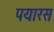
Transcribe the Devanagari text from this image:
पयारस